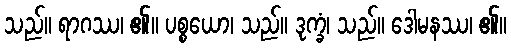
သည်။ ရာဂဿ၊ ၏။ ပစ္စယော၊ သည်။ ဒုက္ခံ၊ သည်။ ဒေါမနဿ၊ ၏။